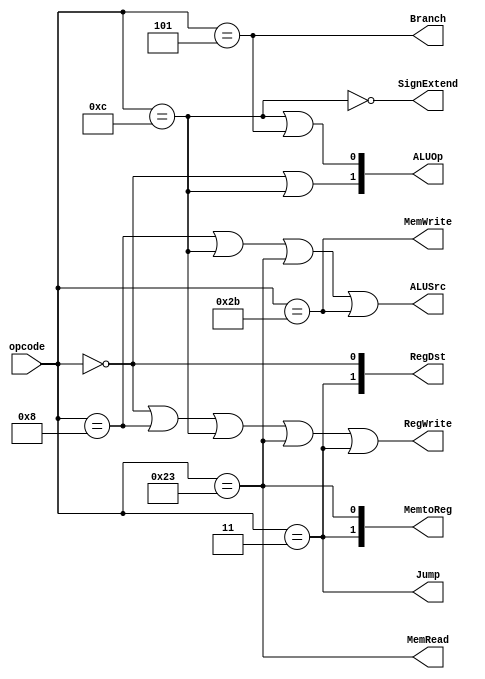
module Control(opcode, RegDst, Branch, MemRead, MemtoReg, ALUOp, MemWrite, ALUSrc, RegWrite, Jump, SignExtend);
  input [5:0] opcode;
  output wire RegWrite, Branch, ALUSrc, MemRead, MemWrite, Jump, SignExtend;
  output wire [1:0] ALUOp, RegDst, MemtoReg;
  
  parameter [5:0]
    RFORMAT = 6'd0,
    ADDI = 6'd8,
    ANDI = 6'd12,
    LW = 6'd35,
    SW = 6'd43,
    BEQ = 6'd5,
    JAL = 6'd3;

  wire LOAD = (opcode == LW);
  wire STORE = (opcode == SW);

  assign #10 Jump = (opcode == JAL);
  assign #10 Branch = (opcode == BEQ);
  assign #10 MemRead = LOAD;
  assign #10 MemWrite = STORE;
  assign #10 ALUSrc = (opcode == ADDI || opcode == ANDI || LOAD || STORE);
  assign #10 RegDst[1] = (opcode == JAL);
  assign #10 RegDst[0] = (opcode == RFORMAT);
  assign #10 MemtoReg[1] = (opcode == JAL);
  assign #10 MemtoReg[0] = LOAD;
  assign #10 RegWrite = (opcode == RFORMAT || opcode == ADDI || opcode == ANDI || LOAD || opcode == JAL);
  assign #10 ALUOp[1] = (opcode == RFORMAT || opcode == ANDI);
  assign #10 ALUOp[0] = (opcode == ANDI || opcode == BEQ);

  assign #10 SignExtend = !(opcode == ANDI);
endmodule

module Control_testbench();
  reg [5:0] opcode;
  wire RegWrite, Branch, ALUSrc, MemRead, MemWrite, Jump;
  wire [1:0] ALUOp, RegDst, MemtoReg;

  Control control(opcode, RegDst, Branch, MemRead, MemtoReg, ALUOp, MemWrite, ALUSrc, RegWrite, Jump);

  parameter [5:0]
    RFORMAT = 6'd0,
    ADDI = 6'd8,
    ANDI = 6'd12,
    LW = 6'd35,
    SW = 6'd43,
    BEQ = 6'd4,
    JAL = 6'd3;

  initial begin
    # 10 opcode = RFORMAT;
    # 10 opcode = ADDI;
    # 10 opcode = ANDI;
    # 10 opcode = LW;
    # 10 opcode = SW;
    # 10 opcode = BEQ;
    # 10 opcode = JAL;
    # 10 $finish;
  end

endmodule